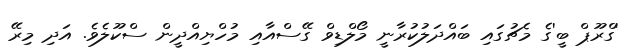
'ގްރޫޕް ބީ'ގެ މެޗުގައި ބައްދަލުކުރާނީ މޯލްޑިވް ގޭސްއާއި މުހްޔިއްދީން ސްކޫލެވެ. އަދި މިރޭ